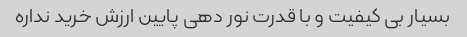
بسیار بی کیفیت و با قدرت نور دهی پایین ارزش خرید نداره